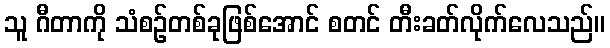
သူ ဂီတာကို သံစဉ်တစ်ခုဖြစ်အောင် စတင် တီးခတ်လိုက်လေသည်။